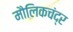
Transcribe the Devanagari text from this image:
मौलिकचंद्र